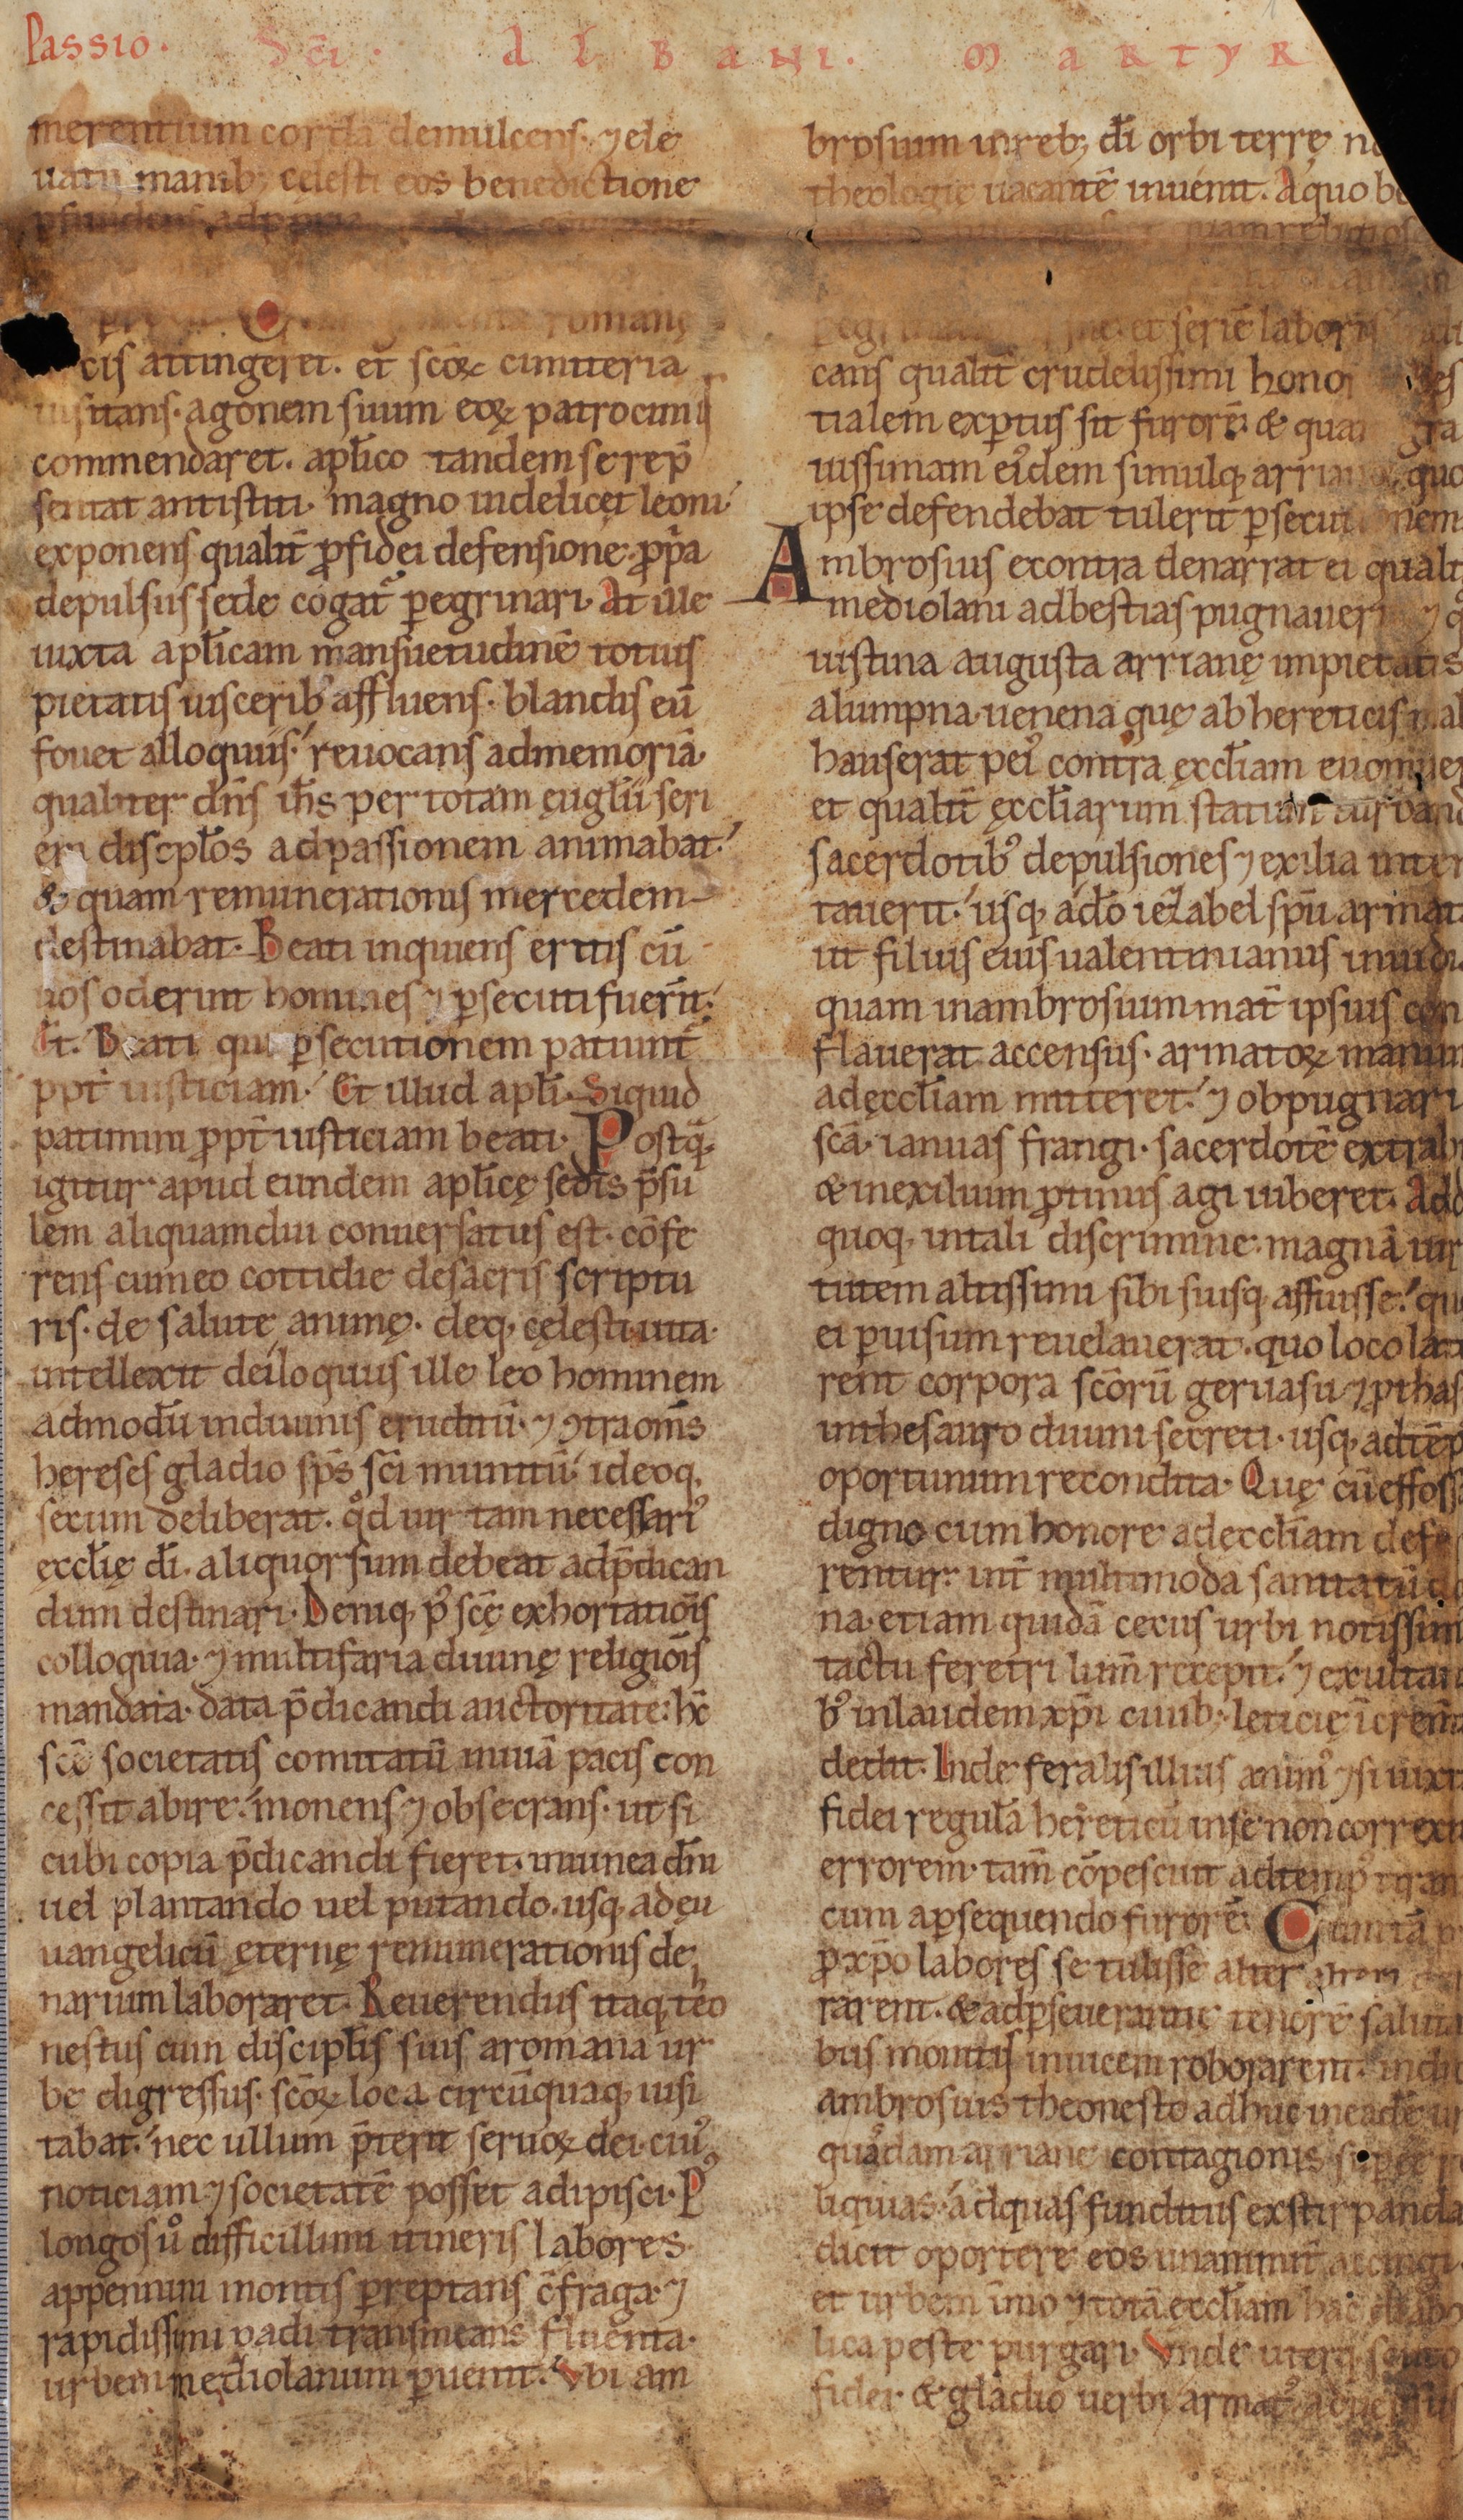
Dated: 1140–1170